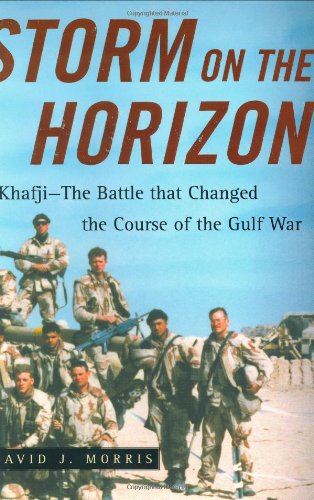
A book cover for Storm on the Horizon: Khafji--The Battle That Changed the Course of the Gulf War; David J. Morris; History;